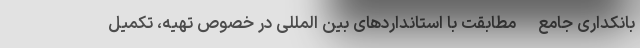
بانکداری جامع -مطابقت با استانداردهای بین المللی در خصوص تهیه، تکمیل